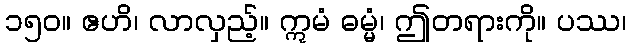
၁၅၀။ ဧဟိ၊ လာလှည့်။ ဣမံ ဓမ္မံ၊ ဤတရားကို။ ပဿ၊